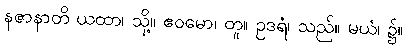
နဇာနာတိ ယထာ၊ သို့။ ဧဝမော၊ တူ။ ဥဒရံ၊ သည်။ မယံ၊ ၌။